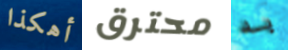
أهكذا محترق به